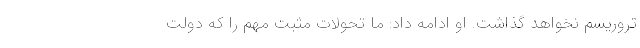
تروریسم نخواهد گذاشت. او ادامه داد: ما تحولات مثبت مهم را که دولت